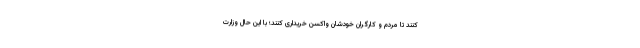
کنند تا مردم و کارگران خودشان واکسن خریداری کنند؛ با این حال وزارت